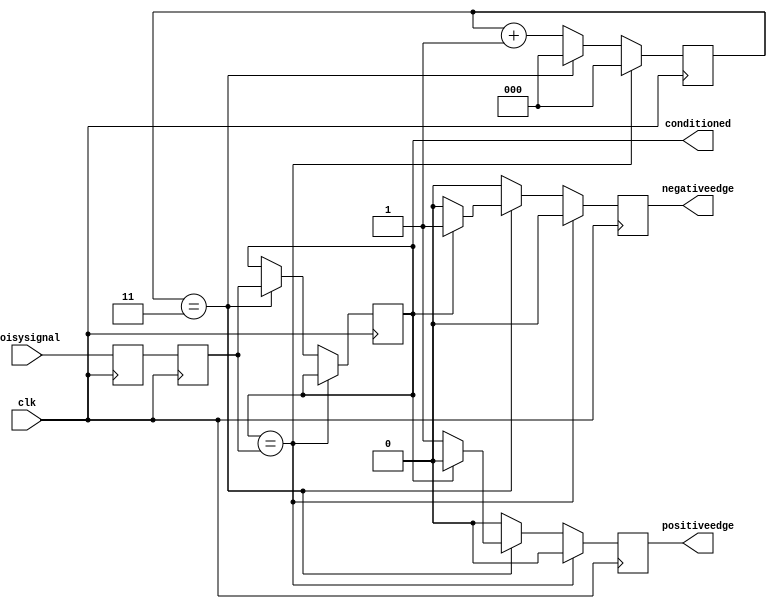
module inputconditioner(clk, noisysignal, conditioned, positiveedge, negativeedge);
output reg conditioned = 0;
output reg positiveedge = 0;
output reg negativeedge = 0;
input clk, noisysignal;

parameter counterwidth = 3;
parameter waittime = 3;

reg[counterwidth-1:0] counter =0;
reg synchronizer0 = 0;
reg synchronizer1 = 0;

always @(posedge clk ) begin
    negativeedge = 0;
    positiveedge = 0;
    if(conditioned == synchronizer1)
        counter <= 0;
    else begin
        if( counter == waittime) begin
            counter <= 0;
            conditioned <= synchronizer1;
	    if (conditioned == 1)
		negativeedge = 1;
	    else if (conditioned == 0)
		positiveedge = 1;
        end
        else 
            counter <= counter+1;
    end
    synchronizer1 = synchronizer0;
    synchronizer0 = noisysignal;
end
endmodule


module testConditioner;
wire conditioned;
wire rising;
wire falling;
reg pin, clk;
reg ri;
always @(posedge clk) ri=rising;
inputconditioner dut(clk, pin, conditioned, rising, falling);

initial begin
// Your Test Code
// Be sure to test each of the three things the conditioner does:
// Synchronize, Clean, Preprocess (edge finding)
// also remember that every two clk=!clk is one clock cycle
clk=0;
pin = 0;
#10 clk=!clk;
#10 clk=!clk;
#10 clk=!clk;
#10 clk=!clk;
#10 clk=!clk;
pin = 1;
#10 clk=!clk;
#10 clk=!clk;
pin = 0;
#10 clk=!clk;
#10 clk=!clk;
#10 clk=!clk;
#10 clk=!clk;
pin = 1;
#10 clk=!clk;
#10 clk=!clk;
#10 clk=!clk;
#10 clk=!clk;
#10 clk=!clk;
#10 clk=!clk;
#10 clk=!clk;
#10 clk=!clk;
#10 clk=!clk;
#10 clk=!clk;
#10 clk=!clk;
#10 clk=!clk;
#10 clk=!clk;
#10 clk=!clk;
#10 clk=!clk;
#10 clk=!clk;
#10 clk=!clk;
pin=0;
#10 clk=!clk;
#10 clk=!clk;
#10 clk=!clk;
#10 clk=!clk;
#10 clk=!clk;
#10 clk=!clk;
#10 clk=!clk;
#10 clk=!clk;
pin=1;
#10 clk=!clk;
#10 clk=!clk;
#10 clk=!clk;
#10 clk=!clk;
#10 clk=!clk;
#10 clk=!clk;
#10 clk=!clk;
#10 clk=!clk;
pin=0;
#10 clk=!clk;
#10 clk=!clk;
#10 clk=!clk;
#10 clk=!clk;
#10 clk=!clk;
#10 clk=!clk;
#10 clk=!clk;
#10 clk=!clk;
#10 clk=!clk;
#10 clk=!clk;
#10 clk=!clk;
#10 clk=!clk;
#10 clk=!clk;
#10 clk=!clk;
#10 clk=!clk;
#10 clk=!clk;
#10 clk=!clk;
#10 clk=!clk;
#10 clk=!clk;
#10 clk=!clk;
#10 clk=!clk;
#10 clk=!clk;
#10 clk=!clk;
#10 clk=!clk;
#10 clk=!clk;
#10 clk=!clk;
#10 clk=!clk;
#10 clk=!clk;
#10 clk=!clk;
#10 clk=!clk;
#10 clk=!clk;
#10 clk=!clk;
#10 clk=!clk;
#10 clk=!clk;
#10 clk=!clk;
#10 clk=!clk;
#10 clk=!clk;
end
endmodule